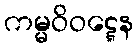
ကမ္မဝိဝဋ္ဋေန